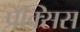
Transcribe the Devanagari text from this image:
प्रॅक्सिस